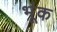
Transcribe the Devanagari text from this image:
भूंक